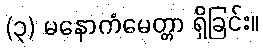
(၃) မနောကံမေတ္တာ ရှိခြင်း။